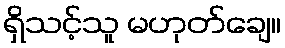
ရှိသင့်သူ မဟုတ်ချေ။